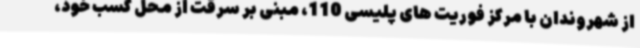
از شهروندان با مرکز فوریت های پلیسی 110، مبنی بر سرقت از محل کسب خود،